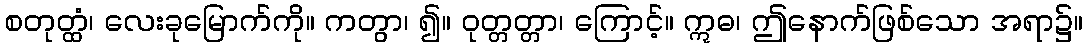
စတုတ္ထံ၊ လေးခုမြောက်ကို။ ကတွာ၊ ၍။ ဝုတ္တတ္တာ၊ ကြောင့်။ ဣဓ၊ ဤနောက်ဖြစ်သော အရာ၌။